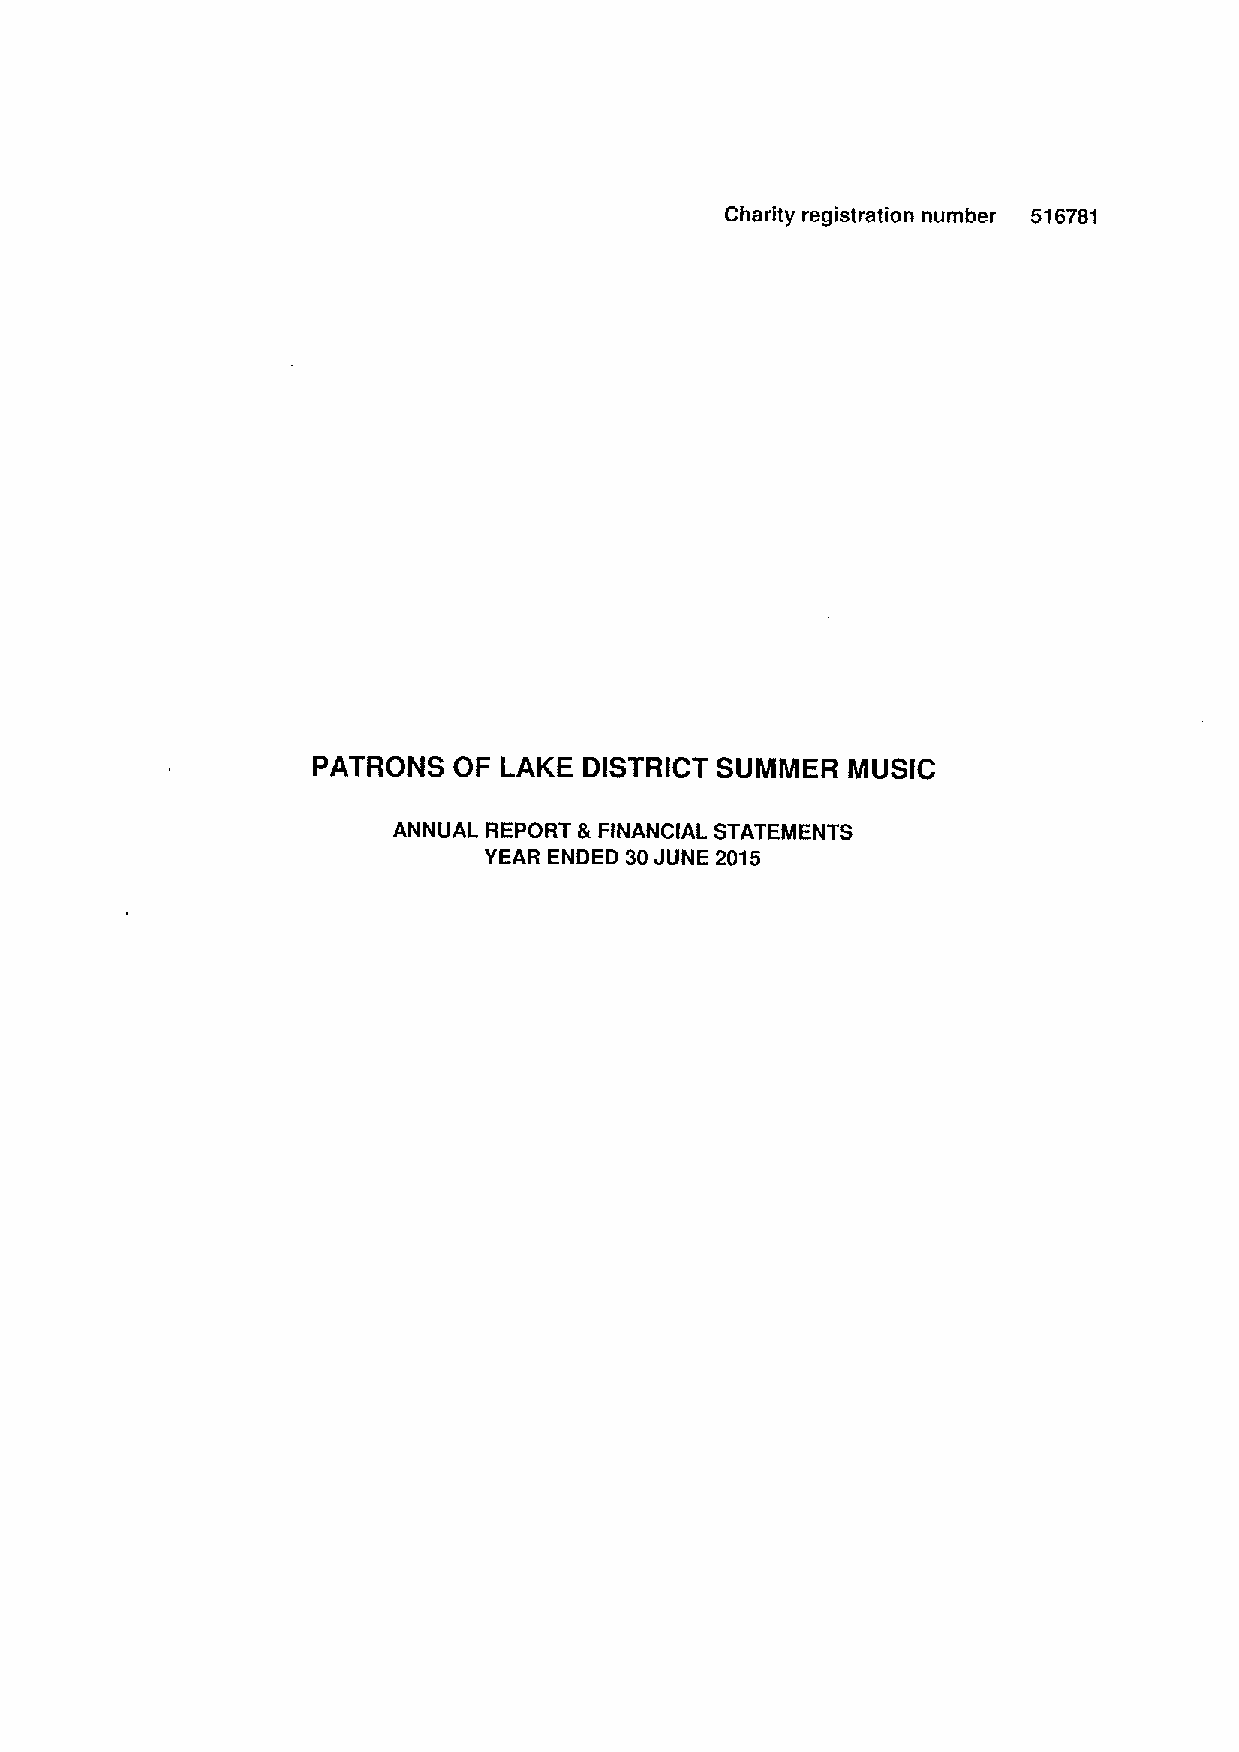
Charity registration number 516781
 PATRONS  OF LAKE  DISTRICT SUMMER  MUSIC
 ANNUAL REPORT &FINANCIAL STATEMENTS
 YEAR ENDED 30JUNE 2015